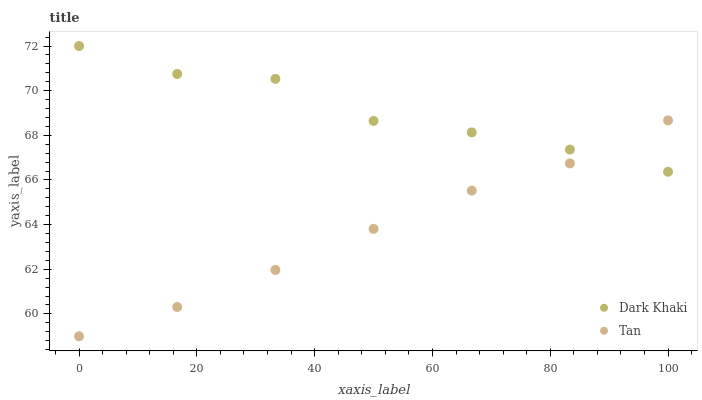
| xaxis_label | Dark Khaki | Tan |
 | --- | --- | --- |
 | 0 | 72 | 59 |
 | 16.7 | 70.7 | 60.3 |
 | 33.3 | 70.5 | 62 |
 | 50 | 68.6 | 63.8 |
 | 66.7 | 68.1 | 65.5 |
 | 83.3 | 67.4 | 66.7 |
 | 100 | 66.4 | 68.7 |